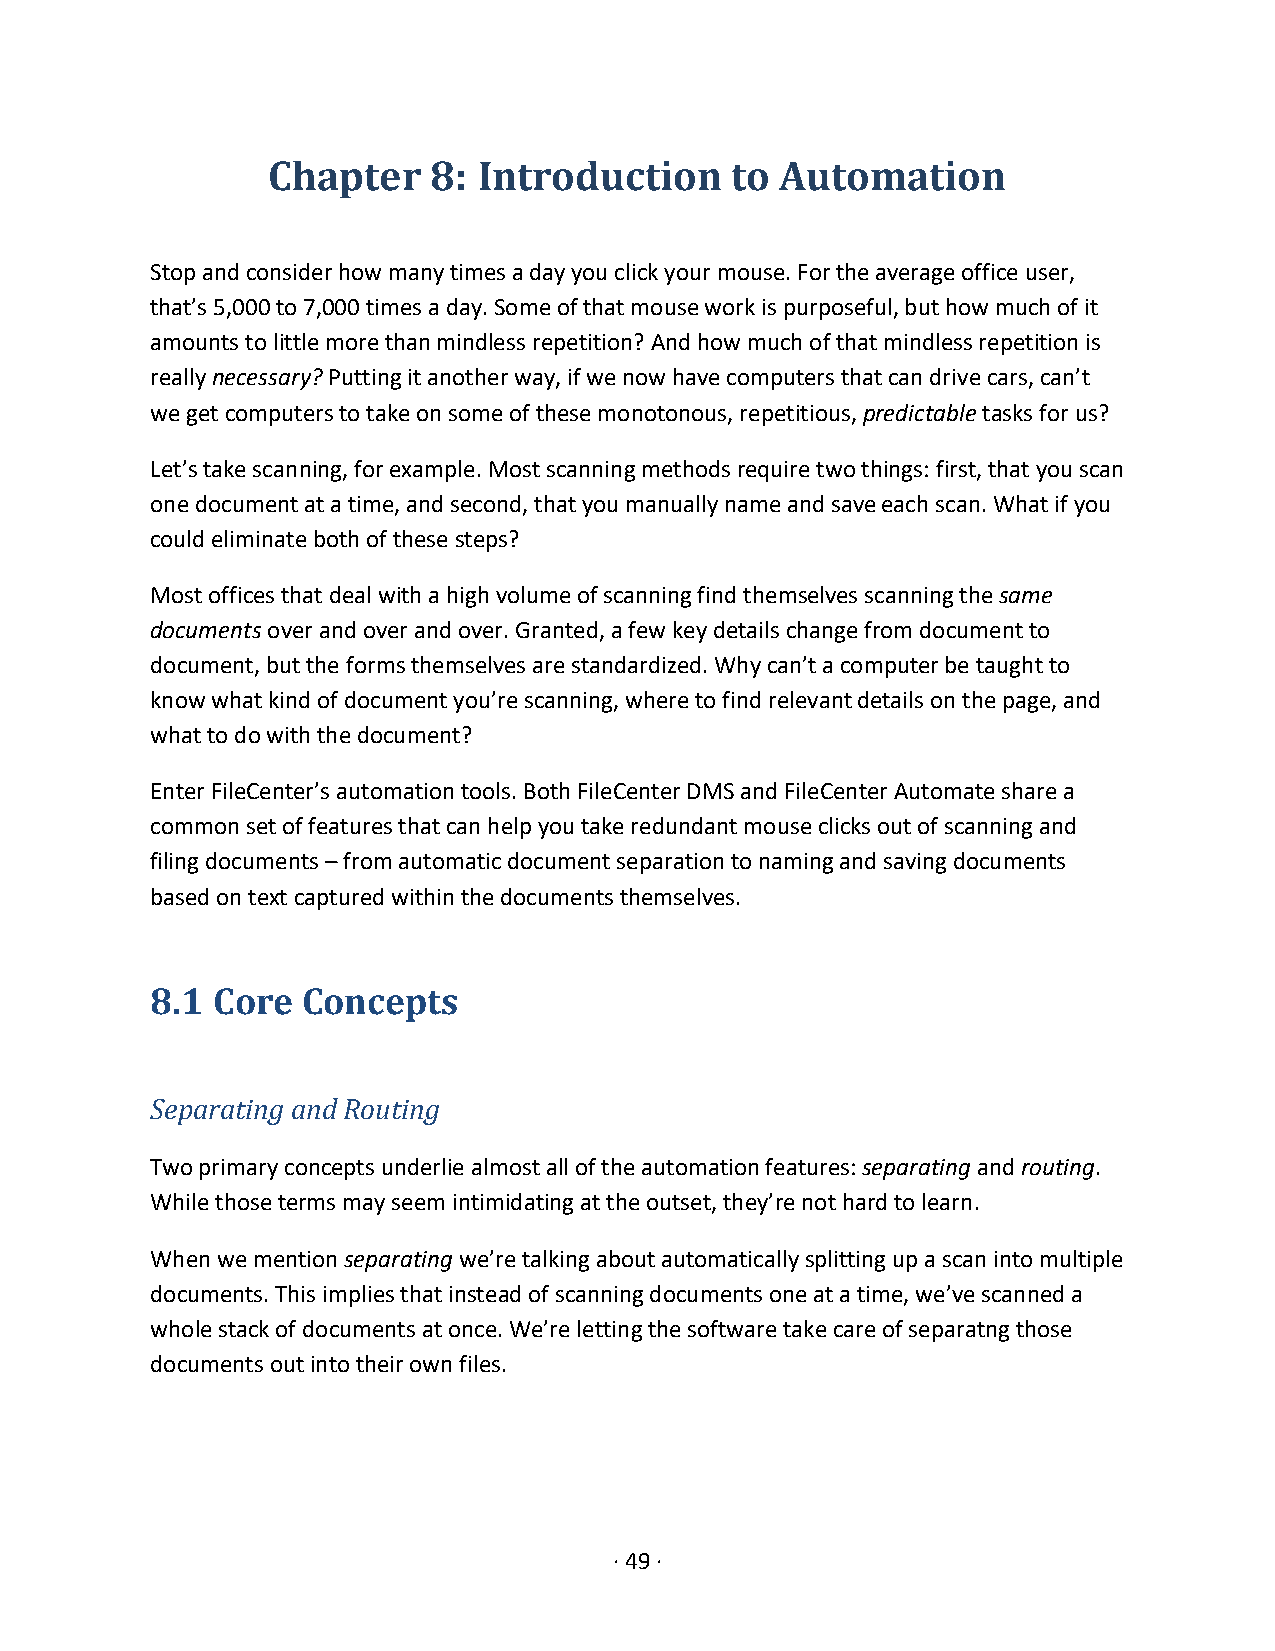
Chapter   8:  Introduction    to  Automation
 Stop and consider how many times a day you click your mouse. For the average office user,
 that’s 5,000 to 7,000 times a day. Some of that mouse work is purposeful, but how much of it
 amounts to little more than mindless repetition? And how much of that mindless repetition is
 really necessary? Putting it another way, if we now have computers that can drive cars, can’t
 we get computers to take on some of these monotonous, repetitious, predictable tasks for us?
 Let’s take scanning, for example. Most scanning methods require two things: first, that you scan
 one document at a time, and second, that you manually name and save each scan. What if you
 could eliminate both of these steps?
 Most offices that deal with a high volume of scanning find themselves scanning the same
 documents over and over and over. Granted, a few key details change from document to
 document, but the forms themselves are standardized. Why can’t a computer be taught to
 know what kind of document you’re scanning, where to find relevant details on the page, and
 what to do with the document?
 Enter FileCenter’s automation tools. Both FileCenter DMS and FileCenter Automate share a
 common set of features that can help you take redundant mouse clicks out of scanning and
 filing documents – from automatic document separation to naming and saving documents
 based on text captured within the documents themselves.
 8.1 Core  Concepts
 Separating and Routing
 Two primary concepts underlie almost all of the automation features: separating and routing.
 While those terms may seem intimidating at the outset, they’re not hard to learn.
 When we mention separating we’re talking about automatically splitting up a scan into multiple
 documents. This implies that instead of scanning documents one at a time, we’ve scanned a
 whole stack of documents at once. We’re letting the software take care of separatng those
 documents out into their own files.
 · 49 ·